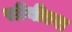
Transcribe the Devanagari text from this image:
सीबीएश